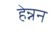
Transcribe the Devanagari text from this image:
हेन्नन